Indian journal of veterinary science and animal husbandry - Volume 4,
Year: 1934
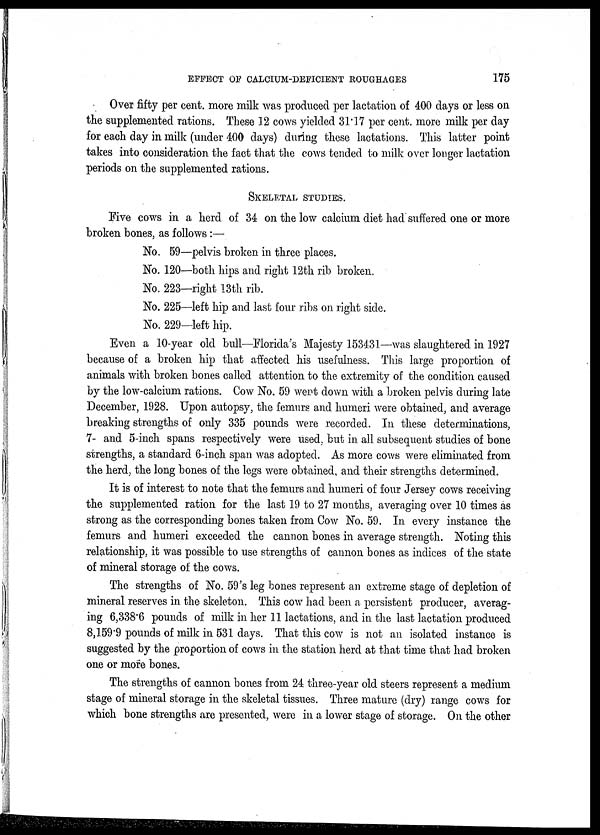
EFFECT OF CALCIUM-DEFICIENT ROUGHAGES
175
Over fifty per cent. more milk was produced per lactation of 400 days or less on
the supplemented rations. These 12 cows yielded 31.17 per cent. more milk per day
for each day in milk (under 400 days) during these lactations. This latter point
takes into consideration the fact that the cows tended to milk over longer lactation
periods on the supplemented rations.
SKELETAL STUDIES.
Five cows in a herd of 34 on the low calcium diet had suffered one or more
broken bones, as follows :—
No. 59—pelvis broken in three places.
No. 120—both hips and right 12th rib broken.
No. 223—right 13th rib.
No. 225—left hip and last four ribs on right side.
No. 229—left hip.
Even a 10-year old bull—Florida's Majesty 153431—was slaughtered in 1927
because of a broken hip that affected his usefulness. This large proportion of
animals with broken bones called attention to the extremity of the condition caused
by the low-calcium rations. Cow No. 59 went down with a broken pelvis during late
December, 1928. Upon autopsy, the femurs and humeri were obtained, and average
breaking strengths of only 335 pounds were recorded. In these determinations,
7- and 5-inch spans respectively were used, but in all subsequent studies of bone
strengths, a standard 6-inch span was adopted. As more cows were eliminated from
the herd, the long bones of the legs were obtained, and their strengths determined.
It is of interest to note that the femurs and humeri of four Jersey cows receiving
the supplemented ration for the last 19 to 27 months, averaging over 10 times as
strong as the corresponding bones taken from Cow No. 59. In every instance the
femurs and humeri exceeded the cannon bones in average strength. Noting this
relationship, it was possible to use strengths of cannon bones as indices of the state
of mineral storage of the cows.
The strengths of No. 59's leg bones represent an extreme stage of depletion of
mineral reserves in the skeleton. This cow had been a persistent producer, averag-
ing 6,338.6 pounds of milk in her 11 lactations, and in the last lactation produced
8,159.9 pounds of milk in 531 days. That this cow is not an isolated instance is
suggested by the proportion of cows in the station herd at that time that had broken
one or more bones.
The strengths of cannon bones from 24 three-year old steers represent a medium
stage of mineral storage in the skeletal tissues. Three mature (dry) range cows for
which bone strengths are presented, were in a lower stage of storage. On the other